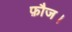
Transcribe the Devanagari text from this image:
फ़ौज।